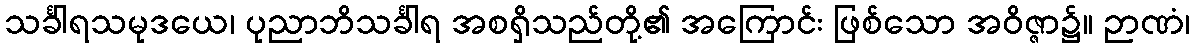
သင်္ခါရသမုဒယေ၊ ပုညာဘိသင်္ခါရ အစရှိသည်တို့၏ အကြောင်း ဖြစ်သော အဝိဇ္ဇာ၌။ ဉာဏံ၊